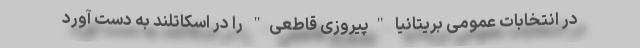
در انتخابات عمومی بریتانیا "پیروزی قاطعی" را در اسکاتلند به دست آورد